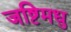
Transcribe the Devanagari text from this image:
जष्टिमधु